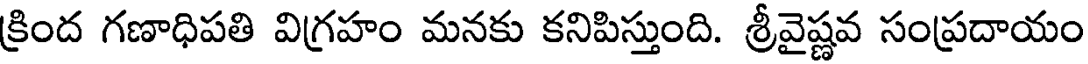
క్రింద గణాధిపతి విగ్రహం మనకు కనిపిస్తుంది. శ్రీవైష్ణవ సంప్రదాయం